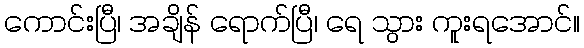
ကောင်းပြီ၊ အချိန် ရောက်ပြီ၊ ရေ သွား ကူးရအောင်။